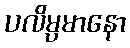
ပလိမ္ပမာနော